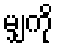
မျှကို